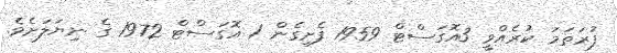
ފުރަތަމަ ކުރެއްވީ 3އޮގަސްޓް 1959 ފެށިގެން 1 އޮގަސްޓް 1972 ގެ ނިޔަލަށެވެ.